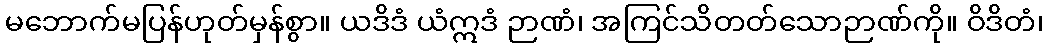
မဘောက်မပြန်ဟုတ်မှန်စွာ။ ယဒိဒံ ယံဣဒံ ဉာဏံ၊ အကြင်သိတတ်သောဉာဏ်ကို။ ဝိဒိတံ၊